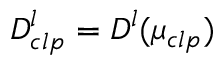
D _ { c l p } ^ { l } = D _ { } ^ { l } ( \mu _ { c l p } )